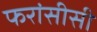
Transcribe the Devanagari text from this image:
फरांसीसी